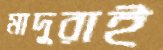
মাদুরাই